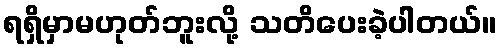
ရရှိမှာမဟုတ်ဘူးလို့ သတိပေးခဲ့ပါတယ်။